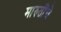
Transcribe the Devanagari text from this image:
मारुतींचे